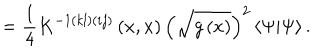
= \frac 1 4 K ^ { - 1 \left( k l \right) \left( i j \right) } \left( x , x \right) \left( \sqrt { g \left( x \right) } \right) ^ { 2 } \left\langle \Psi | \Psi \right\rangle .